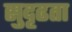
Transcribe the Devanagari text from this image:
सुदृढता